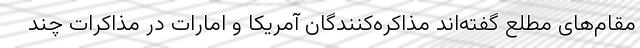
مقام‌های مطلع گفته‌اند مذاکره‌کنندگان آمریکا و امارات در مذاکرات چند